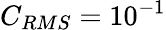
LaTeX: C_{RMS}=10^{-1}